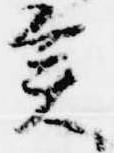
矣